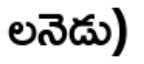
లనెడు)